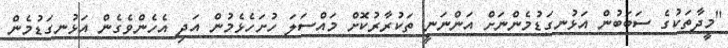
"މީދާތަކުގެ ސަބަބުން އަޅުނގަޑުމެންނަށް އަންނަނީ ތަކުރާރުކޮށް މައްސަލަ ހުށަހެޅެމުން އަދި އެހެންވެގެން އަޅުނގަޑުމެން